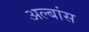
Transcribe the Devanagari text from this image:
अल्बांस